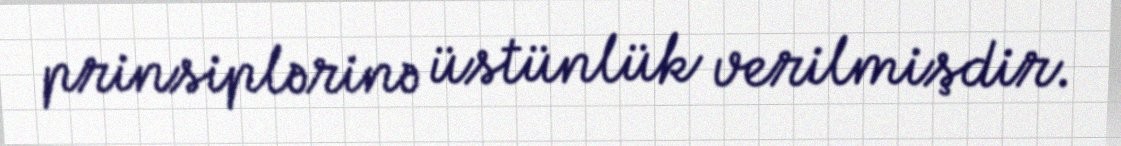
prinsiplərinə üstünlük verilmişdir.